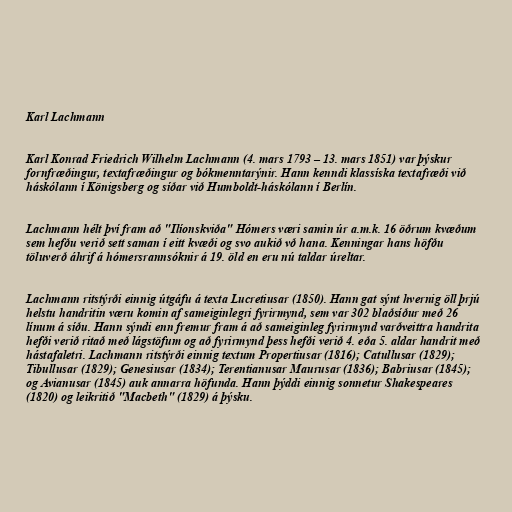
Karl Lachmann

Karl Konrad Friedrich Wilhelm Lachmann (4. mars 1793 – 13. mars 1851) var þýskur
fornfræðingur, textafræðingur og bókmenntarýnir. Hann kenndi klassíska textafræði við
háskólann í Königsberg og síðar við Humboldt-háskólann í Berlín.

Lachmann hélt því fram að "Ilíonskviða" Hómers væri samin úr a.m.k. 16 öðrum kvæðum
sem hefðu verið sett saman í eitt kvæði og svo aukið vð hana. Kenningar hans höfðu
töluverð áhrif á hómersrannsóknir á 19. öld en eru nú taldar úreltar.

Lachmann ritstýrði einnig útgáfu á texta Lucretiusar (1850). Hann gat sýnt hvernig öll þrjú
helstu handritin væru komin af sameiginlegri fyrirmynd, sem var 302 blaðsíður með 26
línum á síðu. Hann sýndi enn fremur fram á að sameiginleg fyrirmynd varðveittra handrita
hefði verið ritað með lágstöfum og að fyrirmynd þess hefði verið 4. eða 5. aldar handrit með
hástafaletri. Lachmann ritstýrði einnig textum Propertiusar (1816); Catullusar (1829);
Tibullusar (1829); Genesiusar (1834); Terentianusar Maurusar (1836); Babriusar (1845);
og Avianusar (1845) auk annarra höfunda. Hann þýddi einnig sonnetur Shakespeares
(1820) og leikritið "Macbeth" (1829) á þýsku.